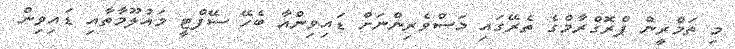
މި ތަމްރީން ޕްރޮގްރާމްގެ ތެރޭގައި މަސްވެރިންނަށް ޑައިވިންއާ ބެހޭ ސޭފްޓީ މައުލޫމާތާއި ޑައިވިން